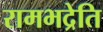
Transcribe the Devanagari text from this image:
रामभद्रेति